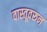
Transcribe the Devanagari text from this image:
वास्तूवरून